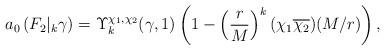
LaTeX: \begin{align*}a_0\left(F_2|_k \gamma\right)=\Upsilon_k^{\chi_1,\chi_2}(\gamma,1)\left(1-\left(\frac{r}{M}\right)^k(\chi_1\overline{\chi_2})(M/r)\right),\end{align*}